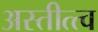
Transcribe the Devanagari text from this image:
अस्तीत्त्व